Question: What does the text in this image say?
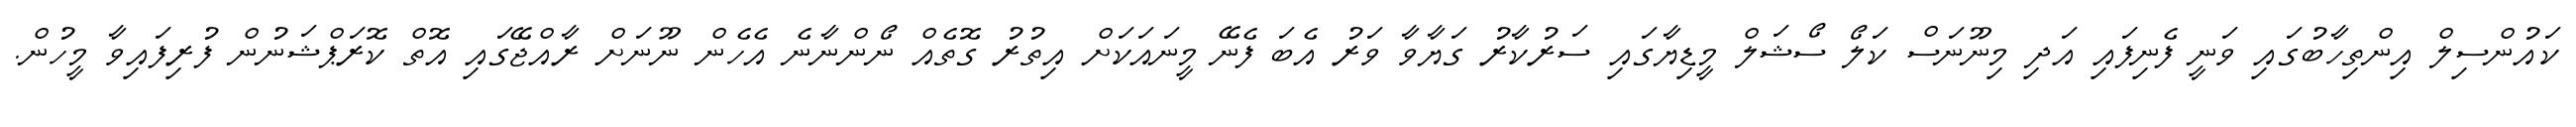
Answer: ކައުންސިލް އިންތިހާބުގައި ވަނީ ފެނިފައި އަދި މިނޫނަސް ކަލޯ ސޯޝަލް މީޑިޔާގައި ސަރުކާރު ގަޔާވާ ވަރު އެބަ ފެނޭ މީނައަކަށް އިތުރު ގޮތެއް ނޯންނާނެ އެހެން ނޫނަށް ރާއްޖޭގައި އޮތް ކޮރަޕްޝަނުން ފުރިފައިވާ މީހުން.